Report of the Indian Hemp Drugs Commission, 1894-1895 - Volume IV
Year: 1894
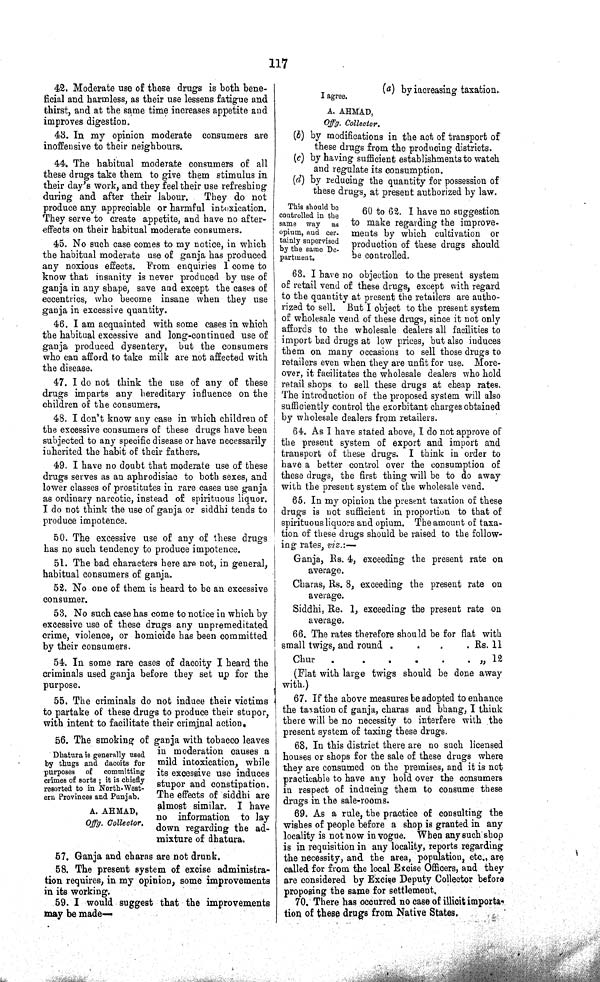
117
42. Moderate use of these drugs is both bene¬
ficial and harmless, as their use lessens fatigue and
thirst, and at the same time increases appetite and
improves digestion.
43. In my opinion moderate consumers are
inoffensive to their neighbours.
44. The habitual moderate consumers of all
these drugs take them to give them stimulus in
their day's work, and they feel their use refreshing
during and after their labour. They do not
produce any appreciable or harmful intoxication.
They serve to create appetite, and have no after¬
effects on their habitual moderate consumers.
45. No such case comes to my notice, in which
the habitual moderate use of ganja has produced
any noxious effects. From enquiries I come to
know that insanity is never produced by use of
ganja in any shape, save and except the cases of
eccentrics, who become insane when they use
ganja in excessive quantity.
46. I am acquainted with some cases in which
the habitual excessive and long-continued use of
ganja produced dysentery, but the consumers
who can afford to take milk are not affected with
the disease.
47. I do not think the use of any of these
drugs imparts any hereditary influence on the
children of the consumers.
48. I don't know any case in which children of
the excessive consumers of these drugs have been
subjected to any specific disease or have necessarily
inherited the habit of their fathers.
49. I have no doubt that moderate use of these
drugs serves as an aphrodisiac to both sexes, and
lower classes of prostitutes in rare cases use ganja
as ordinary narcotic, instead of spirituous liquor.
I do not think the use of ganja or siddhi tends to
produce impotence.
50. The excessive use of any of these drugs
has no such tendency to produce impotence.
51. The bad characters here are not, in general,
habitual consumers of ganja.
52. No one of them is heard to be an excessive
consumer.
53. No such case has come to notice in which by
excessive use of these drugs any unpremeditated
crime, violence, or homicide has been committed
by their consumers.
54. In some rare cases of dacoity I heard the
criminals used ganja before they set up for the
purpose.
55. The criminals do not induce their victims
to partake of these drugs to produce their stupor,
with intent to facilitate their criminal action.
Dhatura is generally used
by thugs and dacoits for
purposes of committing
crimes of sorts; it is chiefly
resorted to in North-West¬
ern Provinces and Punjab.
A. AHMAD,
Offg. Collector.
56. The smoking of ganja with tobacco leaves
in moderation causes a
mild intoxication, while
its excessive use induces
stupor and constipation.
The effects of siddhi are
almost similar. I have
no information to lay
down regarding the ad¬
mixture of dhatura.
57. Ganja and charas are not drunk.
58. The present system of excise administra¬
tion requires, in my opinion, some improvements
in its working.
59. I would suggest that the improvements
may be made—
(a)
by
increasing taxation.
I agree.
A. AHMAD,
Offg. Collector.
(b) by modifications in the act of transport of
these drugs from the producing districts.
(c) by having sufficient establishments to watch
and regulate its consumption.
(d) by reducing the quantity for possession of
these drugs, at present authorized by law.
This should be
controlled in the
same way as
opium, and cer-
tainly supervised
by the same De¬
partment.
60 to 62. I have no suggestion
to make regarding the improve-
ments by which cultivation or
production of these drugs should
be controlled.
63. I have no objection to the present system
of retail vend of these drugs, except with regard
to the quantity at present the retailers are autho¬
rized to sell. But I object to the present system
of wholesale vend of these drugs, since it not only
affords to the wholesale dealers all facilities to
import bad drugs at low prices, but also induces
them on many occasions to sell those drugs to
retailers even when they are unfit for use. More¬
over, it facilitates the wholesale dealers who hold
retail shops to sell these drugs at cheap rates.
The introduction of the proposed system will also
sufficiently control the exorbitant charges obtained
by wholesale dealers from retailers.
64. As I have stated above, I do not approve of
the present system of export and import and
transport of these drugs. I think in order to
have a better control over the consumption of
these drugs, the first thing will be to do away
with the present system of the wholesale vend.
65. In my opinion the present taxation of these
drugs is not sufficient in proportion to that of
spirituous liquors and opium. The amount of taxa¬
tion of these drugs should be raised to the follow¬
ing rates, viz.:-
Ganja, Rs. 4, exceeding the present rate on
average.
Charas, Rs. 8, exceeding the present rate on
average.
Siddhi, Re. 1, exceeding the present rate on
average.
66. The rates therefore should be for flat with
small twigs, and round
Rs. 11
Chur
"
12
(Flat with large twigs should be done away
with.)
67. If the above measures be adopted to enhance
the taxation of ganja, charas and bhang, I think
there will be no necessity to interfere with the
present system of taxing these drugs.
68. In this district there are no such licensed
houses or shops for the sale of these drugs where
they are consumed on the premises, and it is not
practicable to have any hold over the consumers
in respect of inducing them to consume these
drugs in the sale-rooms.
69. As a rule, the practice of consulting the
wishes of people before a shop is granted in any
locality is not now in vogue. When any such shop
is in requisition in any locality, reports regarding
the necessity, and the area, population, etc., are
called for from the local Excise Officers, and they
are considered by Excise Deputy Collector before
proposing the same for settlement.
70. There has occurred no case of illicit importa-
tion of these drugs from Native States.